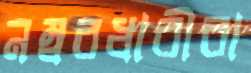
নম্বরধারীরা